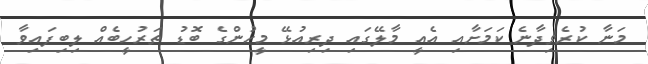
މަނާ ކުރެވިދާނެ ކަމަށާއި އެއީ މާލޭގައި ދިރިއުޅޭ މީހުންގެ ބޮޑު ތަރުހީބެއް ލިބިފައިވާ